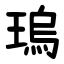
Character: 瑦